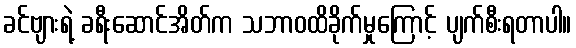
ခင်ဗျားရဲ့ ခရီးဆောင်အိတ်က သဘာဝထိခိုက်မှုကြောင့် ပျက်စီးရတာပါ။